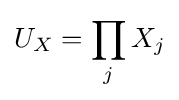
U_{X}=\prod _{j}X_{j}